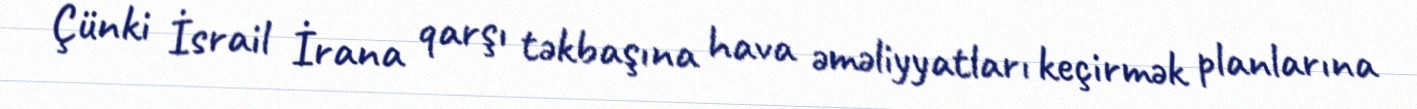
Çünki İsrail İrana qarşı təkbaşına hava əməliyyatları keçirmək planlarına